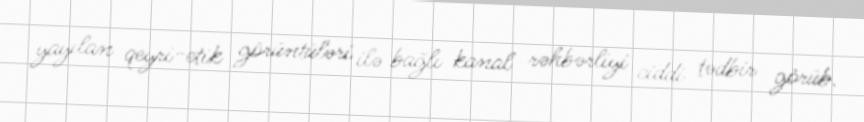
yayılan qeyri-etik görüntüləri ilə bağlı kanal rəhbərliyi ciddi tədbir görüb.